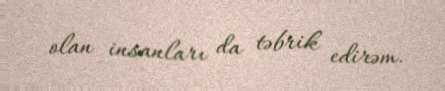
olan insanları da təbrik edirəm.